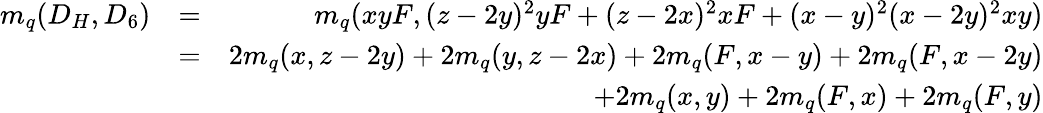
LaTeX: \begin{array}{rlr}{m_{q}(D_{H},D_{6})}&{=}&{m_{q}(xyF,(z-2y)^{2}yF+(z-2x)^{2}xF+(x-y)^{2}(x-2y)^{2}xy)}\\ &{=}&{2m_{q}(x,z-2y)+2m_{q}(y,z-2x)+2m_{q}(F,x-y)+2m_{q}(F,x-2y)}\\ &{}&{+2m_{q}(x,y)+2m_{q}(F,x)+2m_{q}(F,y)}\end{array}